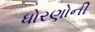
ધોરણોની